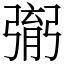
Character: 㣃